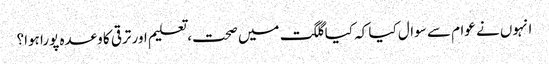
انہوں نے عوام سے سوال کیا کہ کیا گلگت میں صحت، تعلیم اور ترقی کا وعدہ پورا ہوا؟